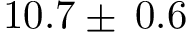
1 0 . 7 \pm \: 0 . 6